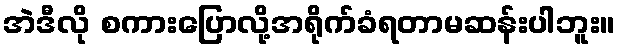
အဲဒီလို စကားပြောလို့အရိုက်ခံရတာမဆန်းပါဘူး။